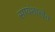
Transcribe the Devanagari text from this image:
सायंशाखेत